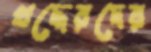
খদ্দেরদের